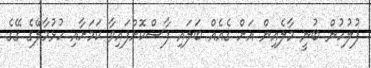
ފުލުހުން ބުނީ މާލެއިން އަށް ގެއެއް ބަލައި ފާސްކޮށްފައިވާ ކަމަށާއި ހުޅުމާލޭގެ ގޭގެ